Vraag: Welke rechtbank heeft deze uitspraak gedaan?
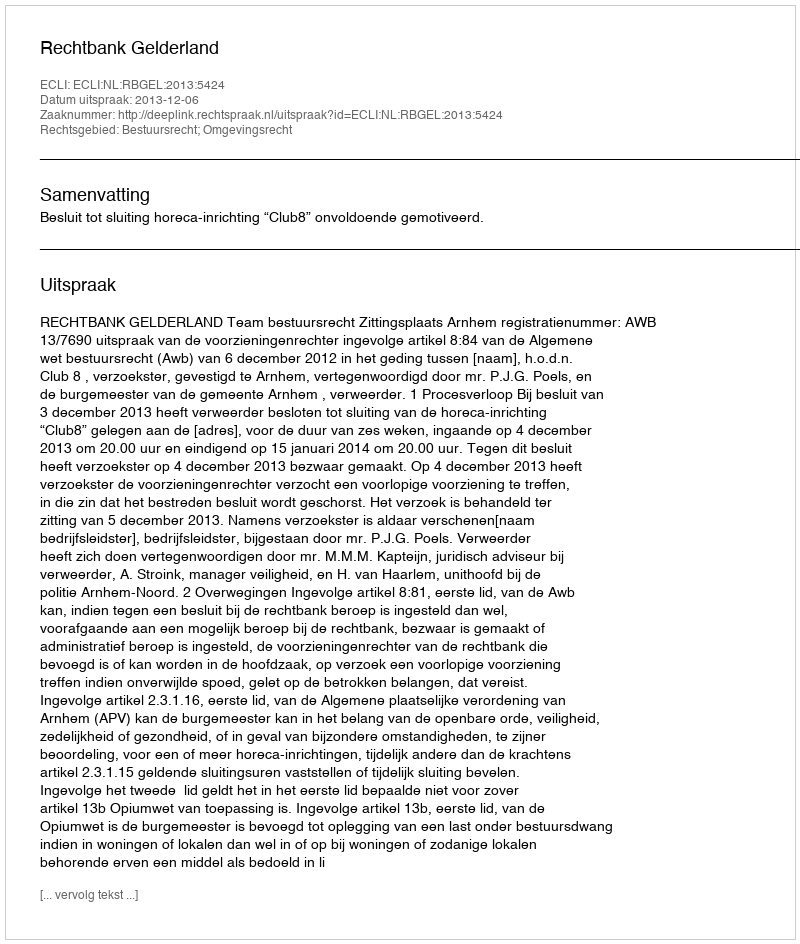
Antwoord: Rechtbank Gelderland